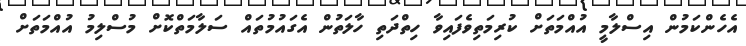
އެހެންކަމުން އިސްލާމީ އުއްމަތަށް ކުރިމަތިވެފައިވާ ހިތްދަތި ހާލަތުން އެގައުމުތައް ސަލާމަތްކޮށް މުސްލިމު އުއްމަތަށް